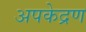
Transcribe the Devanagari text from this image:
अपकेद्रण